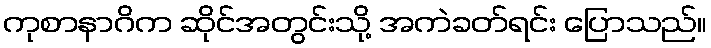
ကုစာနာဂိက ဆိုင်အတွင်းသို့ အကဲခတ်ရင်း ပြောသည်။